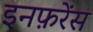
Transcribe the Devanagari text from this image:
इनफ़रेंस